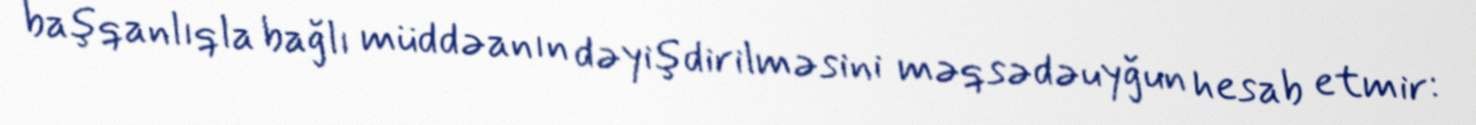
başqanlıqla bağlı müddəanın dəyişdirilməsini məqsədəuyğun hesab etmir: